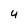
Character: 4